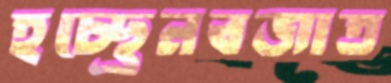
হচ্ছ্রেনবজাত